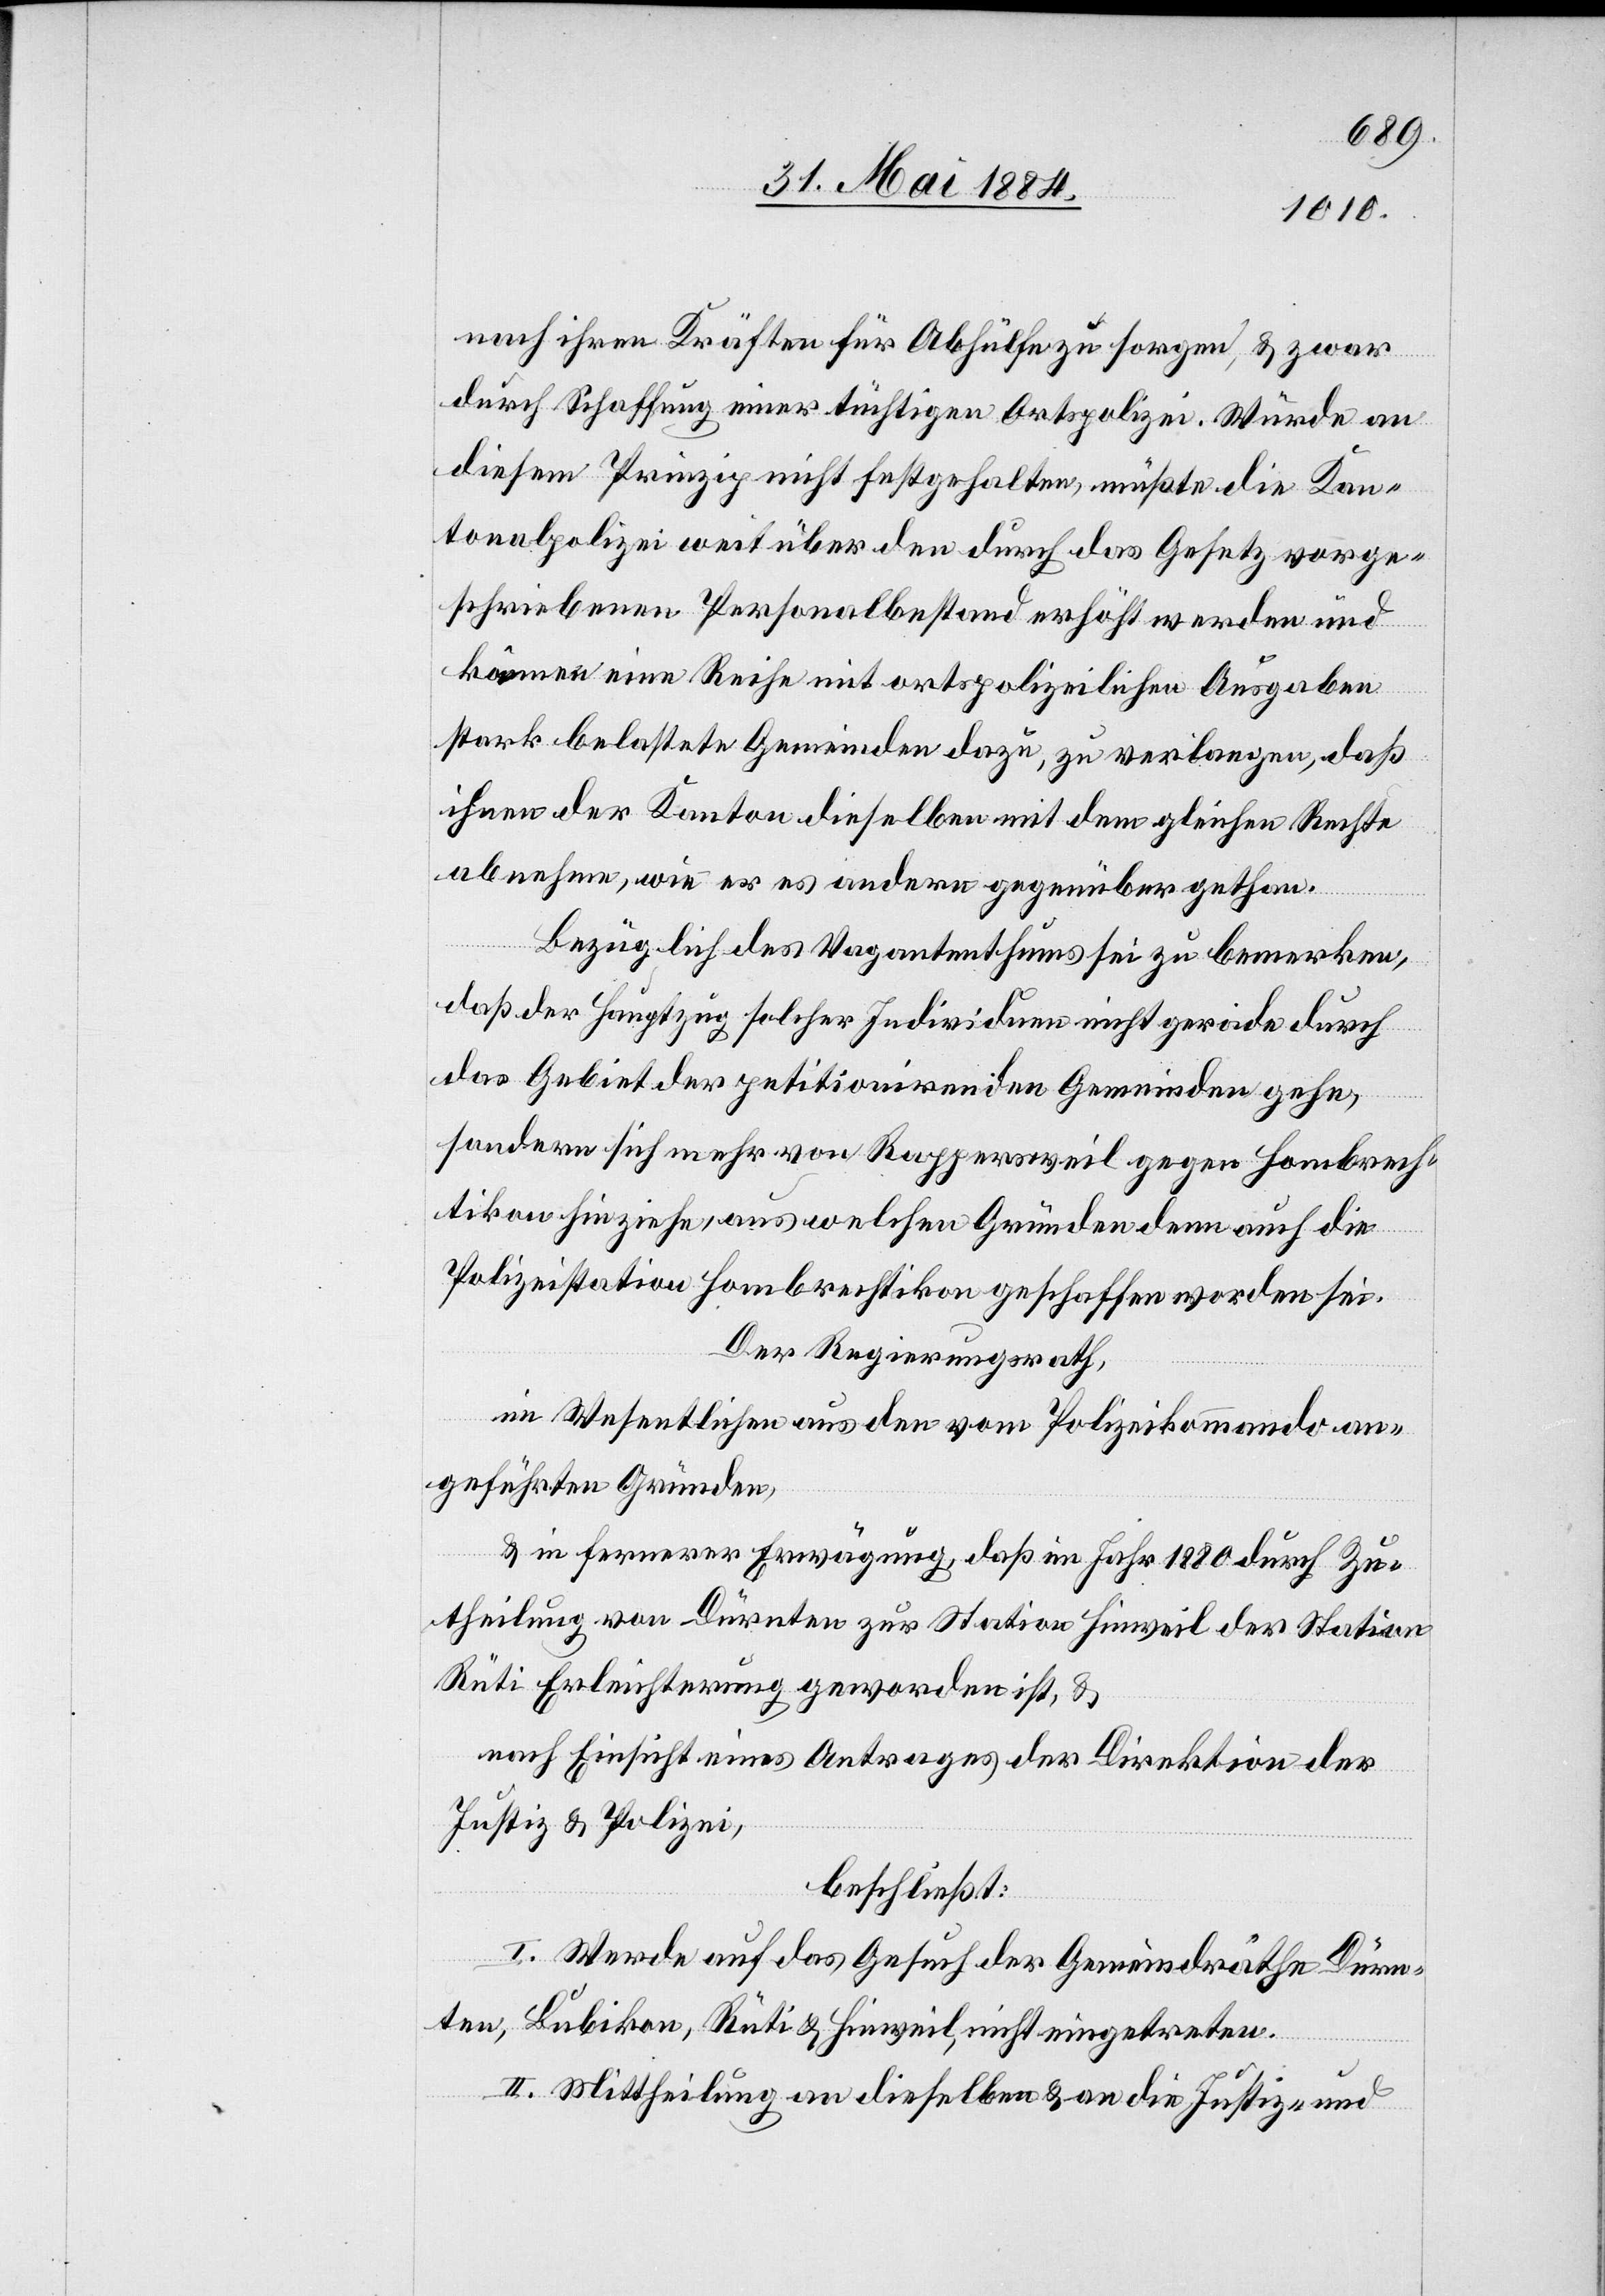
nach ihren Kräften für Abhülfe zu sorgen, & zwar
durch Schaffung einer tüchtigen Ortspolizei. Würde an
diesem Prinzip nicht festgehalten, müßte die Kan¬
tonalpolizei weit über den durch das Gesetz vorge¬
schriebenen Personalbestand erhöht werden und
kämen eine Reihe mit ortspolizeilichen Ausgaben
stark belastete Gemeinden dazu, zu verlangen, daß
ihnen der Kanton dieselben mit dem gleichen Rechte
abnehme, wie er es andern gegenüber gethan.
Bezüglich des Vagantenthums sei zu bemerken,
daß der Hauptzug solcher Individuen nicht gerade durch
das Gebiet der petitionirenden Gemeinde gehe,
sondern sich mehr von Rappersweil gegen Hombrech¬
tikon hinziehe, aus welchen Gründen denn auch die
Polizeistation Hombrechtikon geschaffen worden sei.
Der Regierungsrath,
im Wesentlichen aus den vom Polizeikommando an¬
geführten Gründen,
& in fernerer Erwägung, daß im Jahr 1880 durch Zu¬
theilung von Dürnten zur Station Hinweil der Station
Rüti Erleichterung geworden ist, &
nach Einsicht eines Antrages der Direktion der
Justiz & Polizei,
beschließt:
I. Werde auf das Gesuch der Gemeindräthe Dürn¬
ten, Bubikon, Rüti & Hinweil, nicht eingetreten.
II. Mittheilung an dieselben & an die Justiz- und